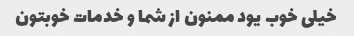
خیلی خوب یود ممنون از شما و خدمات خوبتون